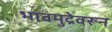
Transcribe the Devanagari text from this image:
भावमुद्रेवरून